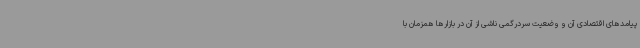
پیامدهای اقتصادی آن و وضعیت سردرگمی ناشی از آن در بازارها همزمان با